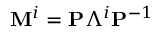
\mathbf { M } ^ { i } = \mathbf { P } \Lambda ^ { i } \mathbf { P } ^ { - 1 }